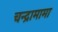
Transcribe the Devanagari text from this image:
चन्द्रामामा